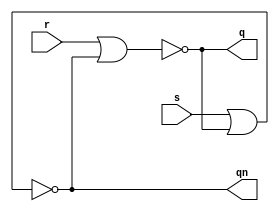
module latchsr(
    input wire r, s,
    output wire q, qn
);
    assign q  = r ~| qn;
    assign qn = s ~| q;

endmodule